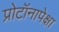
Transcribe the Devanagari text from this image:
प्रोटॉनापेक्षा